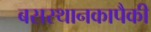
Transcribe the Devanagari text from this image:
बसस्थानकापैकी